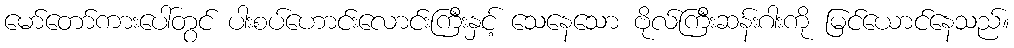
မော်တော်ကားပေါ်တွင် ပါးစပ်ဟောင်းလောင်းကြီးနှင့် သေနေသော ဗိုလ်ကြီးဆန်းဂါးကို မြင်ယောင်နေသည်။